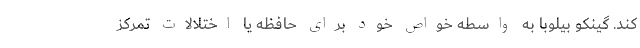
کند. گینکو بیلوبا به واسطه خواص خود برای حافظه یا اختلالات تمرکز